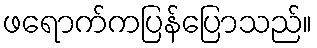
ဖရောက်ကပြန်ပြောသည်။